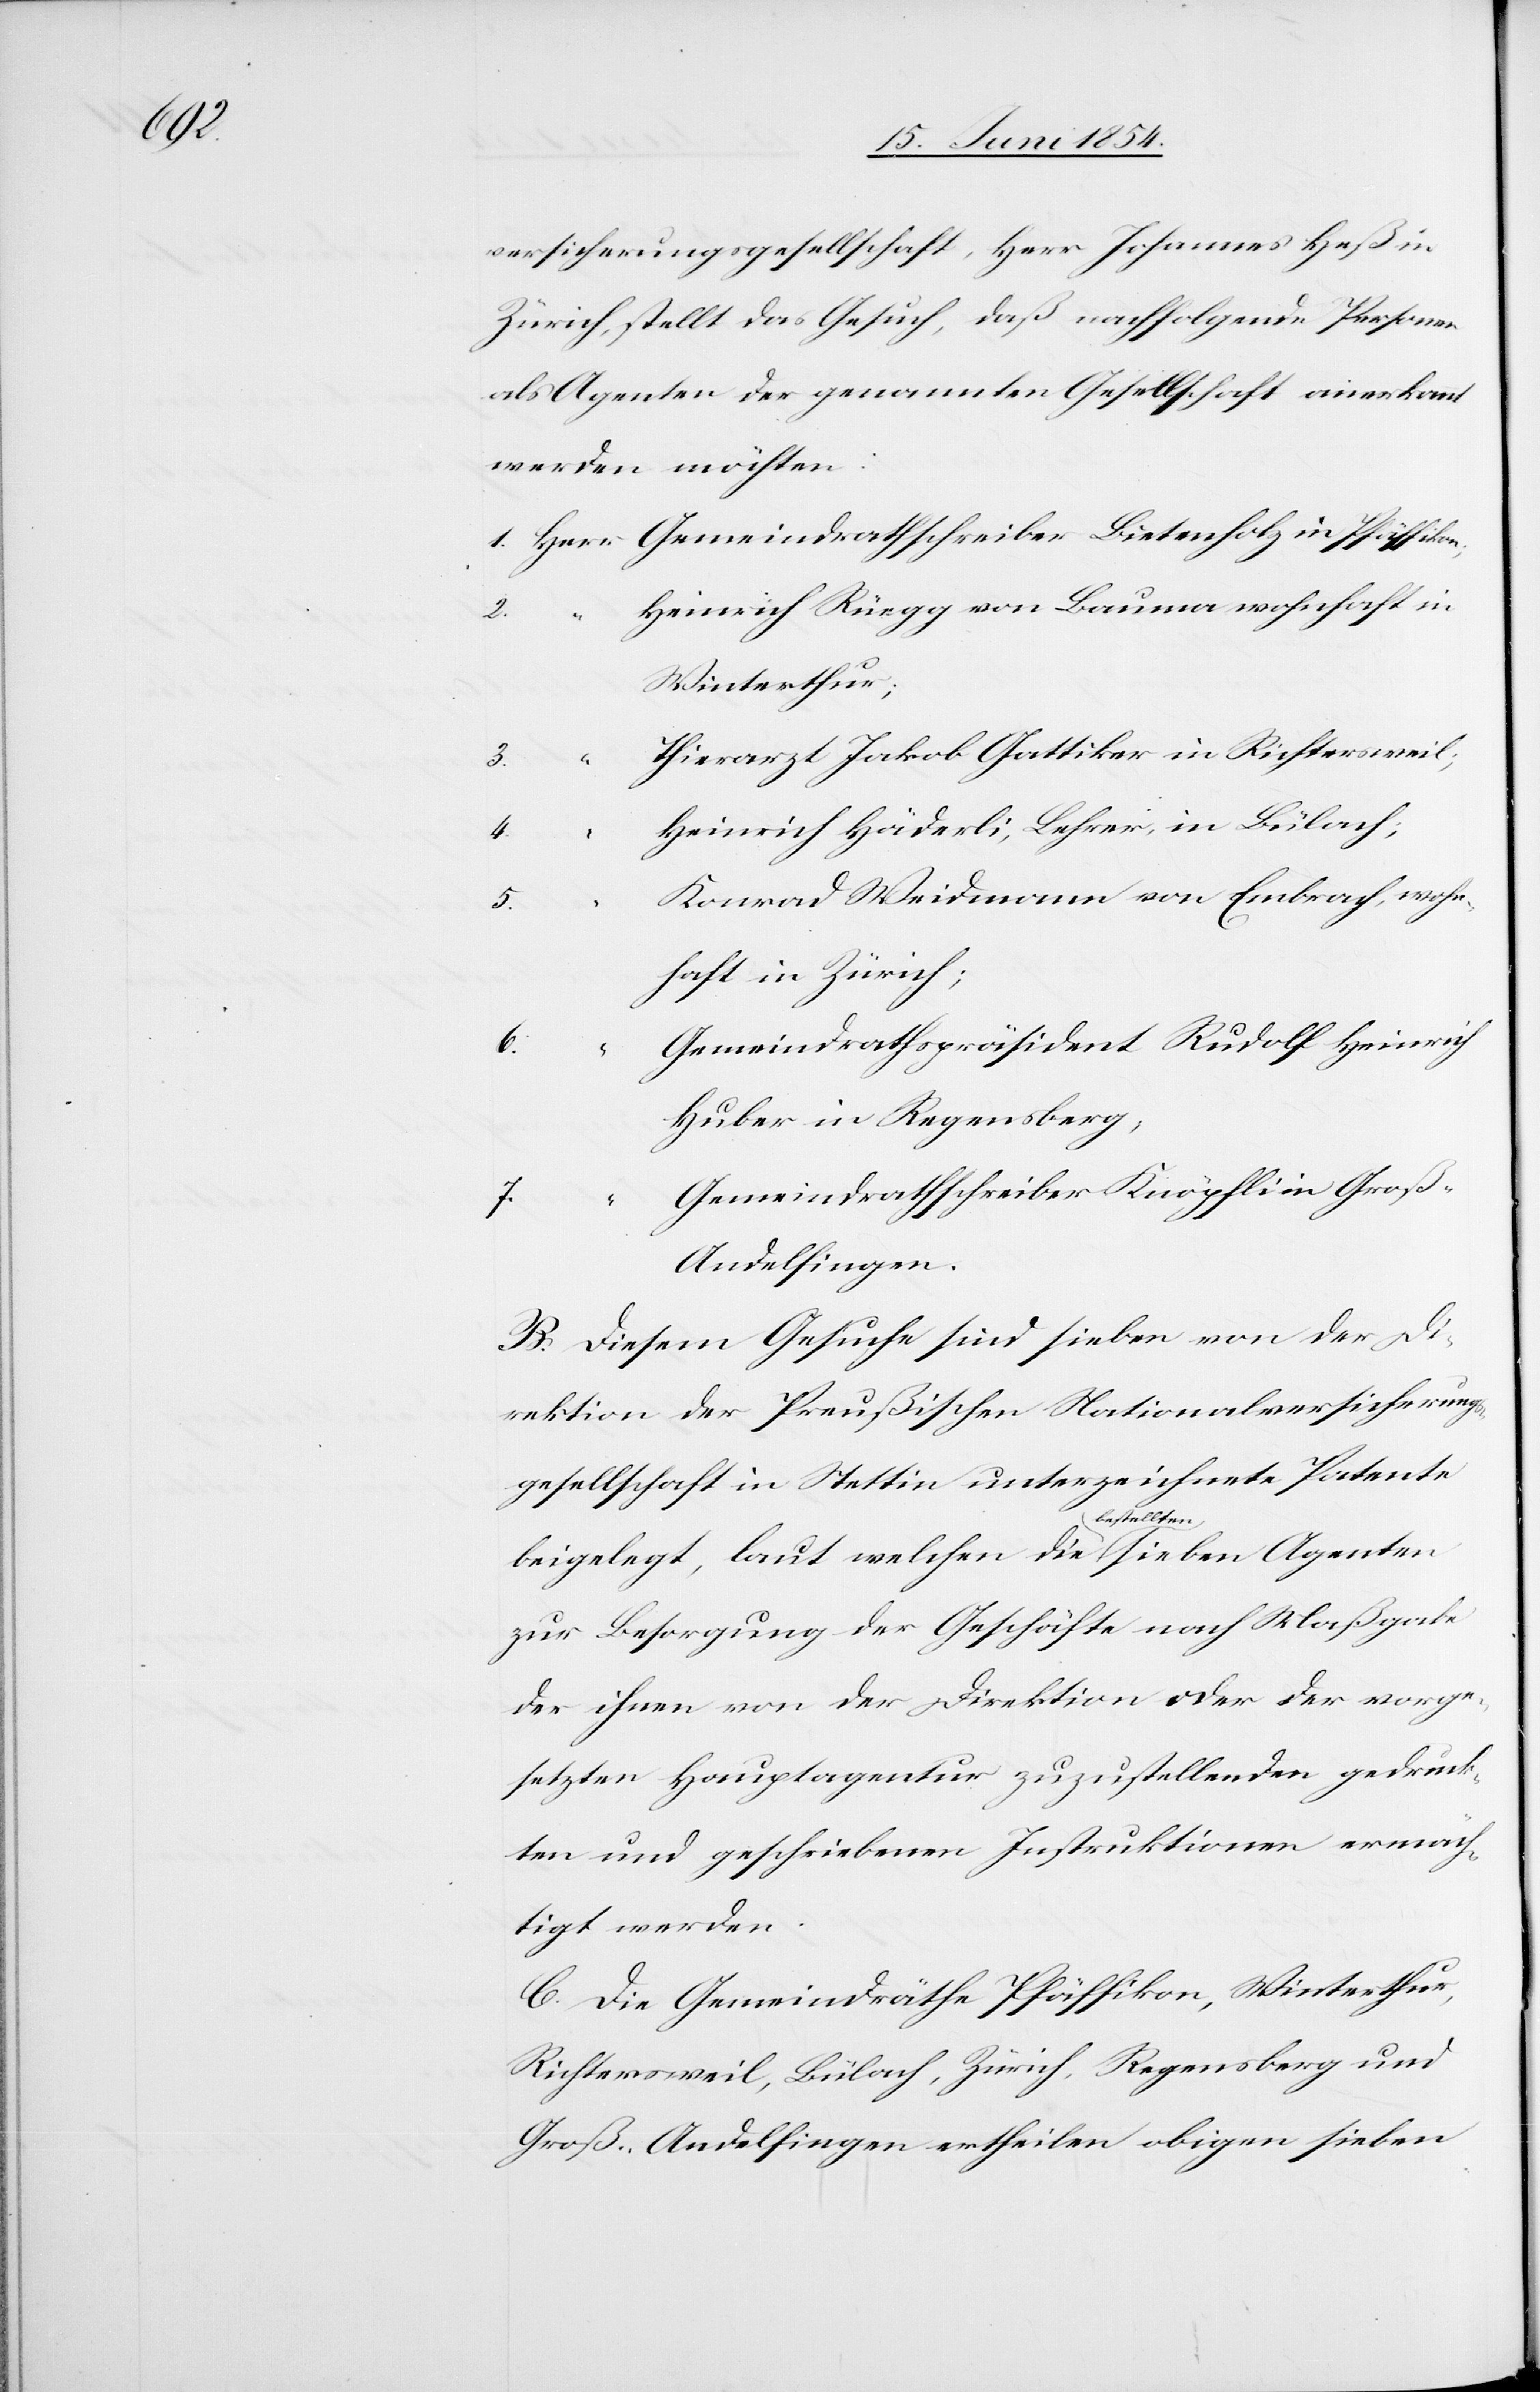
6.

versicherungsgesellschaft, Herr Johannes Heß in
Zürich, stellt das Gesuch, daß nachfolgende Personen
als Agenten der genannten Gesellschaft anerkannt
“
werden möchten.
Gemeindrathschreiber Bietenholz in Pfäffikon;
Heinrich Rüegg von Bauma wohnhaft in
2.
Winterthur;
Thierarzt Jakob Gattiker in Richtersweil;
Heinrich Häderli, Lehrer, in Bülach;
Konrad Weidmann von Embrach, wohn¬
3.
haft in Zürich;
Gemeindrathspräsident Rudolf Heinrich
Huber in Regensberg,
Gemeindrathschreiber Knöpfli in Groß-A¬
7.
ndelfingen.
B. Diesem Gesuche sind sieben von der Di¬
rektion der Preußischen Nationalversicherungs¬
gesellschaft in Stettin unterzeichnete Patente
beigelegt, laut welchen die a-bestellten-a
zur Besorgung der Geschäfte nach Maßgabe
der ihnen von der Direktion oder der vorge¬
setzten Hauptagentur zuzustellenden gedruck¬
ten und geschriebenen Instruktionen ermäch¬
tigt werden.
C. Die Gemeindräthe Pfäffikon, Winterthur,
Richtersweil, Bülach, Zürich, Regensberg und
Groß-Andelfingen ertheilen obigen sieben